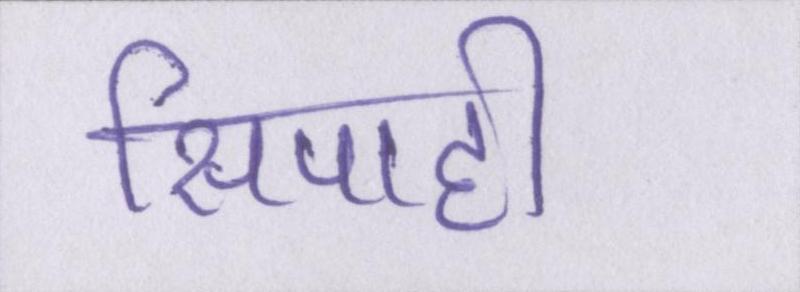
सिपाही